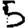
Digit: 5